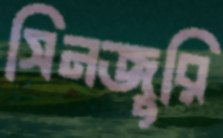
সিনজুরি